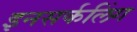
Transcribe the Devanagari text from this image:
इनसर्कलिंग